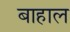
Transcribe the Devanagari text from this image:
बाहाल